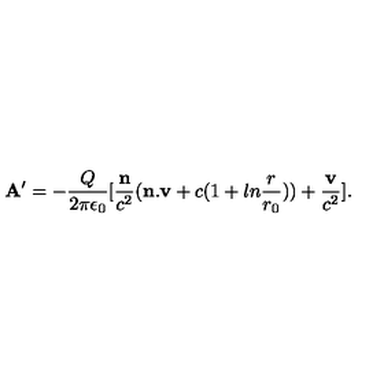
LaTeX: { \bf A } ^ { \prime } = - { \frac { Q } { 2 \pi \epsilon _ { 0 } } } [ { \frac { \bf n } { c ^ { 2 } } } ( { \bf n . v } + c ( 1 + l n { \frac { r } { r _ { 0 } } } ) ) + { \frac { \bf v } { c ^ { 2 } } } ] .